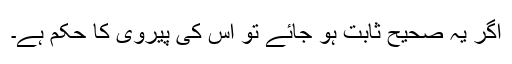
اگر یہ صحیح ثابت ہو جائے تو اس کی پیروی کا حکم ہے۔